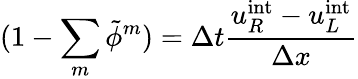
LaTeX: (1-\sum_{m}\tilde{\phi}^{m})=\Delta t\frac{u_{R}^{\mathrm{int}}-u_{L}^{\mathrm{int}}}{\Delta x}